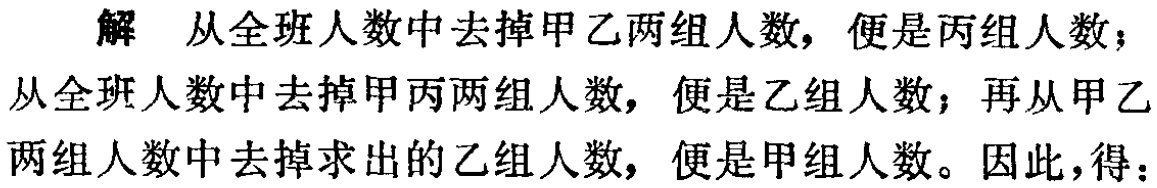
解 从全班人数中去掉甲乙两组人数，便是丙组人数；
从全班人数中去掉甲丙两组人数，便是乙组人数；再从甲乙
两组人数中去掉求出的乙组人数，便是甲组人数。因此，得：